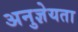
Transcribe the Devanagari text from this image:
अनुज्ञेयता